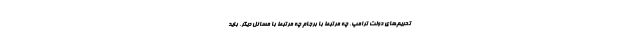
تحریم‌های دولت ترامپ، چه مرتبط با برجام چه مرتبط با مسائل دیگر، باید